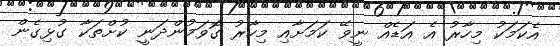
އެކަމަކު މިހާރު އެ އަޑެއް ނީވޭ ކަމަށާއި މިހާރު ގޮވަމުންދަނީ ކުށްތަކާ ގުޅިގެން